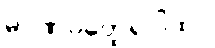
မာဏဝတ္ထေရဂါထာ